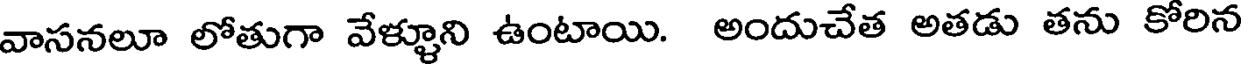
వాసనలూ లోతుగా వేళ్ళూని ఉంటాయి. అందుచేత అతడు తను కోరిన